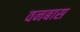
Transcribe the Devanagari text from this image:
वनबास